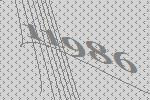
11986